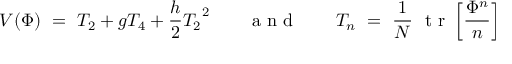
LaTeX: V ( \Phi ) \ = \ T _ { 2 } + g T _ { 4 } + { \frac { h } { 2 } } { T _ { 2 } } ^ { 2 } \qquad \makebox { a n d } \qquad T _ { n } \ = \ { \frac { 1 } { N } } \ \makebox { t r } \left[ { \frac { \Phi ^ { n } } { n } } \right]